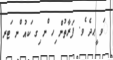
ަވ ީޙދެ ެވ. ފަރާތުން ިހ ްނ ިގ ަކއު ްނ ަޓރ